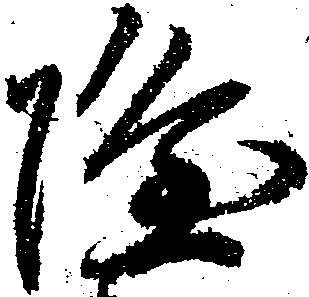
隆